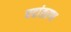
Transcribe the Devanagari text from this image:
पदांतरण